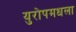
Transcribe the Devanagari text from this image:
युरोपमधला